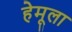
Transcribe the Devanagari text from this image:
हेमूला